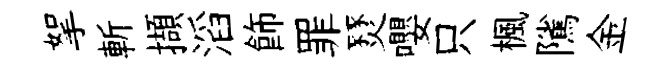
挐斬擷滔飾罪燹嚶只楓隲金